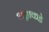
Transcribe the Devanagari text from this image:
अन्नाकडे